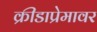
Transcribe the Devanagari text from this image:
क्रीडाप्रेमावर